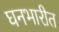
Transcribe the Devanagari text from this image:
घनभारीत